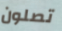
تصلون